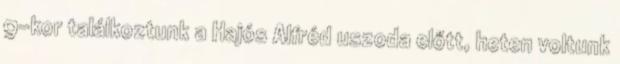
9-kor találkoztunk a Hajós Alfréd uszoda előtt, heten voltunk